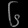
Digit: ၆